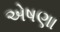
એષણા